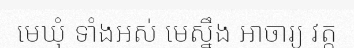
មេឃុំ ទាំងអស់ មេស្នឹង អាចារ្យ វត្ត